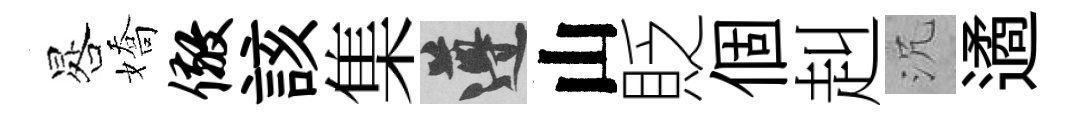
晷嬌儆該集遵山貶個赳沉遹